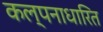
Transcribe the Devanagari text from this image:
कल्पनाधारित